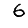
Digit: 6